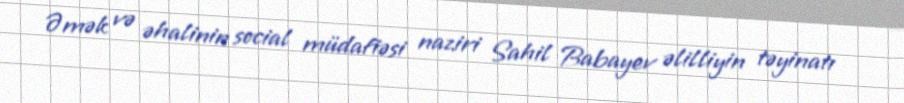
Əmək və əhalinin social müdafiəsi naziri Sahil Babayev əlilliyin təyinatı